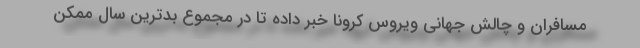
مسافران و چالش جهانی ویروس کرونا خبر داده تا در مجموع بدترین سال ممکن